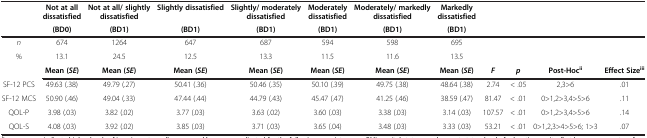
<table><thead><tr><td><b> </b></td><td><b>Not at all dissatisfied</b></td><td><b>Not at all/ slightly dissatisfied</b></td><td><b>Slightly dissatisfied</b></td><td><b>Slightly/ moderately dissatisfied</b></td><td><b>Moderately dissatisfied</b></td><td><b>Moderately/ markedly dissatisfied</b></td><td><b>Markedly dissatisfied</b></td><td colspan="4"><b> </b></td></tr><tr><td><b> </b></td><td><b>(BD0)</b></td><td><b>(BD1)</b></td><td><b>(BD1)</b></td><td><b>(BD1)</b></td><td><b>(BD1)</b></td><td><b>(BD1)</b></td><td><b>(BD1)</b></td><td colspan="4"><b> </b></td></tr></thead><tbody><tr><td><i>n</i></td><td>674</td><td>1264</td><td>647</td><td>687</td><td>594</td><td>598</td><td>695</td><td> </td><td> </td><td> </td><td> </td></tr><tr><td>%</td><td>13.1</td><td>24.5</td><td>12.5</td><td>13.3</td><td>11.5</td><td>11.6</td><td>13.5</td><td> </td><td> </td><td> </td><td> </td></tr><tr><td> </td><td><b>Mean (</b><b><i>SE</i></b><b>)</b></td><td><b>Mean (</b><b><i>SE</i></b><b>)</b></td><td><b>Mean (</b><b><i>SE</i></b><b>)</b></td><td><b>Mean (</b><b><i>SE</i></b><b>)</b></td><td><b>Mean (</b><b><i>SE</i></b><b>)</b></td><td><b>Mean (</b><b><i>SE</i></b><b>)</b></td><td><b>Mean (</b><b><i>SE</i></b><b>)</b></td><td><b><i>F</i></b></td><td><b><i>p</i></b></td><td><b>Post-Hoc</b><sup><b>ii</b></sup></td><td><b>Effect Size</b><sup><b>iii</b></sup></td></tr><tr><td>SF-12 PCS</td><td>49.63 (.38)</td><td>49.79 (.27)</td><td>50.41 (.36)</td><td>50.46 (.35)</td><td>50.10 (.39)</td><td>49.75 (.38)</td><td>48.64 (.38)</td><td>2.74</td><td>&lt; .05</td><td>2,3&gt;6</td><td>.01</td></tr><tr><td>SF-12 MCS</td><td>50.90 (.46)</td><td>49.04 (.33)</td><td>47.44 (.44)</td><td>44.79 (.43)</td><td>45.47 (.47)</td><td>41.25 (.46)</td><td>38.59 (.47)</td><td>81.47</td><td>&lt; .01</td><td>0&gt;1,2&gt;3,4&gt;5&gt;6</td><td>.11</td></tr><tr><td>QOL-P</td><td>3.98 (.03)</td><td>3.82 (.02)</td><td>3.77 (.03)</td><td>3.63 (.02)</td><td>3.60 (.03)</td><td>3.38 (.03)</td><td>3.14 (.03)</td><td>107.57</td><td>&lt; .01</td><td>0&gt;1,2&gt;3,4&gt;5&gt;6</td><td>.14</td></tr><tr><td>QOL-S</td><td>4.08 (.03)</td><td>3.92 (.02)</td><td>3.85 (.03)</td><td>3.71 (.03)</td><td>3.65 (.04)</td><td>3.48 (.03)</td><td>3.33 (.03)</td><td>53.21</td><td>&lt; .01</td><td>0&gt;1,2,3&gt;4&gt;5&gt;6; 1&gt;3</td><td>.07</td></tr></tbody></table>